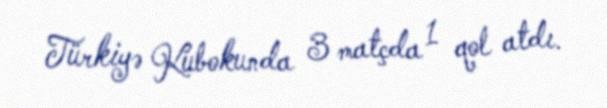
Türkiyə Kubokunda 3 matçda 1 qol atdı.